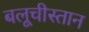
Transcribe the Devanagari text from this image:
बलूचीस्तान